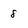
Character: 8